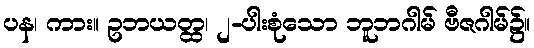
ပန၊ ကား။ ဥဘယတ္ထ၊ ၂-ပါးစုံသော ဘူဘဂါမ် ဗီဇဂါမ်၌။